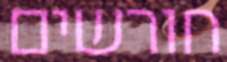
חורשים